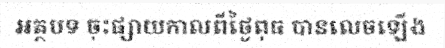
អត្ថបទ ចុះផ្សាយកាលពីថ្ងៃពុធ បានលេចឡើង